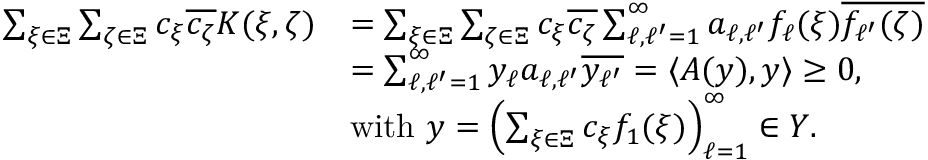
\begin{array} { r l } { \sum _ { \xi \in \Xi } \sum _ { \zeta \in \Xi } c _ { \xi } \overline { { c _ { \zeta } } } K ( \xi , \zeta ) } & { = \sum _ { \xi \in \Xi } \sum _ { \zeta \in \Xi } c _ { \xi } \overline { { c _ { \zeta } } } \sum _ { \ell , \ell ^ { \prime } = 1 } ^ { \infty } a _ { \ell , \ell ^ { \prime } } f _ { \ell } ( \xi ) \overline { { f _ { \ell ^ { \prime } } ( \zeta ) } } } \\ & { = \sum _ { \ell , \ell ^ { \prime } = 1 } ^ { \infty } y _ { \ell } a _ { \ell , \ell ^ { \prime } } \overline { { y _ { \ell ^ { \prime } } } } = \langle A ( y ) , y \rangle \geq 0 , } \\ & { \mathrm { w i t h ~ } y = \left( \sum _ { \xi \in \Xi } c _ { \xi } f _ { 1 } ( \xi ) \right) _ { \ell = 1 } ^ { \infty } \in Y . } \end{array}